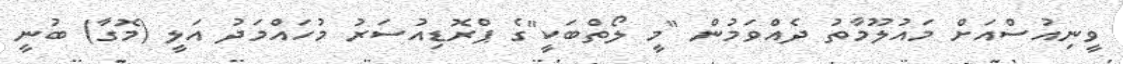
ވީނިއުސްއަށް މައުލޫމާތު ދެއްވަމުން "މީ ލޯތްބަކީ"ގެ ޕްރޮޑިއުސަރު މުހައްމަދު އަލީ (މޮގާ) ބުނީ